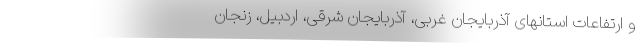
و ارتفاعات استانهای آذربایجان غربی، آذربایجان شرقی، اردبیل، زنجان